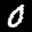
Label: 0